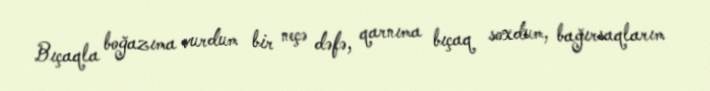
Bıçaqla boğazıma vurdum bir neçə dəfə, qarnıma bıçaq soxdum, bağırsaqlarım